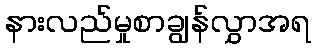
နားလည်မှုစာချွန်လွှာအရ